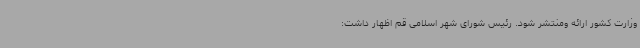
وزارت کشور ارائه ومنتشر شود. رئیس شورای شهر اسلامی قم اظهار داشت: